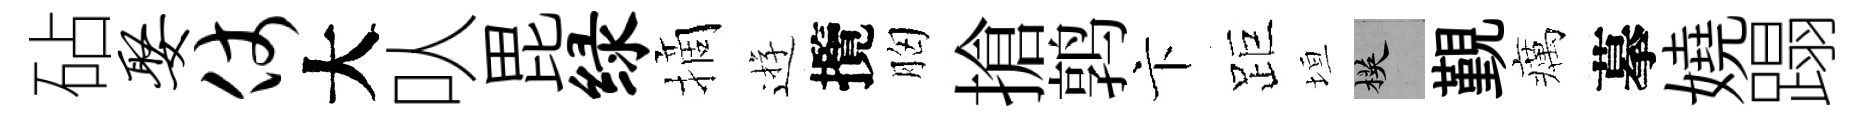
砧娶仗大㕥毘绿摘逰攬胸搶鹑卞距垣楧覲癘摹嬈蹋